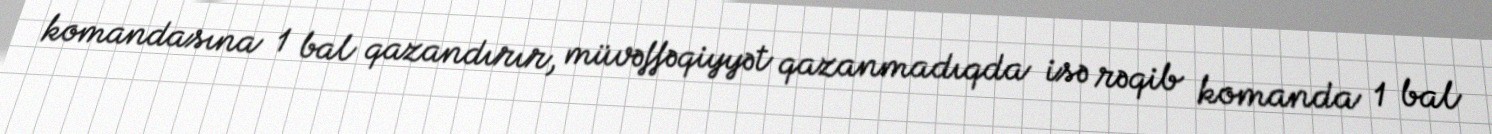
komandasına 1 bal qazandırır, müvəffəqiyyət qazanmadıqda isə rəqib komanda 1 bal